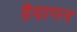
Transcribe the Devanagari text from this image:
डैयागन